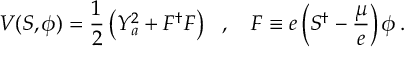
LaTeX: V ( S , \phi ) = \frac { 1 } { 2 } \left( Y _ { a } ^ { 2 } + F ^ { \dagger } F \right) \, \, \, \, , \, \, \, \, \, \, F \equiv e \left( S ^ { \dagger } - \frac { \mu } { e } \right) \phi \, .